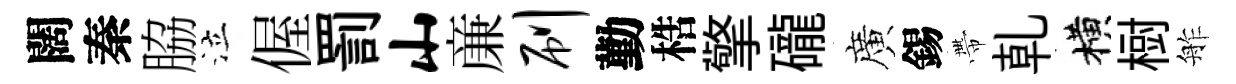
闊秦脇泣偓罰山亷刷勤梏擎礲廣錫帶乹横𣗳舴